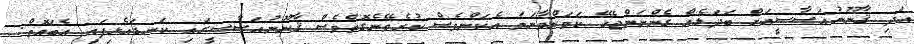
އަދި ޤާނޫނުއަސާސީއަށް ބަދަލެއް ގެންނަންޖެހޭ ކަމަށްވާނަމަ އެކަންވެސް ކުރެވޭނެގޮތްވެސް ޤާނޫނުއަސާސީގައި ކަނޑައެޅިފައި އެބައޮތް.